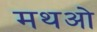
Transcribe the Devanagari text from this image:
मथओ